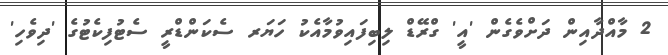
2 މާއްދާއިން ދަށްވެގެން 'އީ' ގްރޭޑް ލިބިފައިވުމާއެކު ހަޔަރ ސެކަންޑްރީ ސެޓުފިކެޓުގެ 'ދިވެހި'